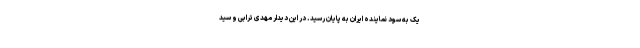
یک به سود نماینده ایران به پایان رسید. در این دیدار مهدی ترابی و سید